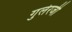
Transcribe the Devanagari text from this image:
गुलेरजी